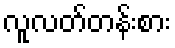
လူလတ်တန်းစား